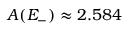
A ( E _ { - } ) \approx 2 . 5 8 4